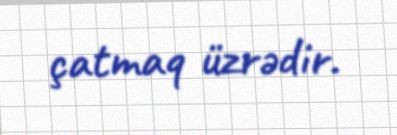
çatmaq üzrədir.